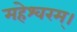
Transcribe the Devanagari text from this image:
महेश्वरम्।